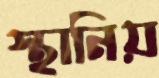
স্থানিয়